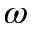
\omega